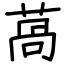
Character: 萵